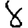
Digit: 8